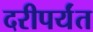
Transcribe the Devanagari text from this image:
दरीपर्यंत